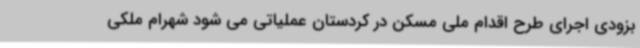
بزودی اجرای طرح اقدام ملی مسکن در کردستان عملیاتی می شود شهرام ملکی